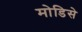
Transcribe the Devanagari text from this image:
मोडिसे